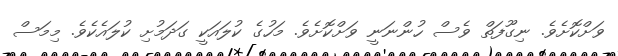
ވަށްކޮށެވެ. ނިގޫފަތް ވެސް ހުންނަނީ ވަށްކޮށެވެ. މަހުގެ ކުލައަކީ ގަދަމުށި ކުލައެކެވެ. މިމަސް